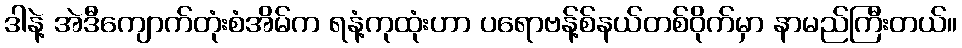
ဒါနဲ့ အဲဒီကျောက်တုံးစံအိမ်က ရနံ့ကုထုံးဟာ ပရောဗန့်စ်နယ်တစ်ဝိုက်မှာ နာမည်ကြီးတယ်။